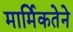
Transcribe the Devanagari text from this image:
मार्मिकतेने